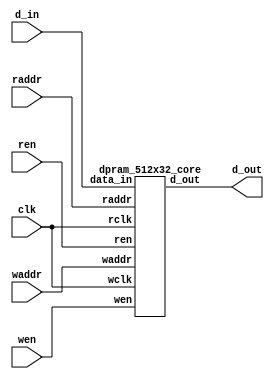
//-----------------------------------------------------
// Design Name : dual_port_ram
// Function    : Dual port RAM 32x1024 
// Coder       : Aurelien
//-----------------------------------------------------

module dpram_512x32 (
	input clk,
	input wen,
	input ren,
	input[0:8] waddr,
	input[0:8] raddr,
	input[0:31] d_in,
	output[0:31] d_out );

		dpram_512x32_core memory_0 (
			.wclk		(clk),
			.wen		(wen),
			.waddr		(waddr),
			.data_in	(d_in),
			.rclk		(clk),
			.ren		(ren),
			.raddr		(raddr),
			.d_out		(d_out) );

endmodule

module dpram_512x32_core (
	input wclk,
	input wen,
	input[0:8] waddr,
	input[0:31] data_in,
	input rclk,
	input ren,
	input[0:8] raddr,
	output[0:31] d_out );

	reg[0:31] ram[0:511];
	reg[0:31] internal;

	assign d_out = internal;

	always @(posedge wclk) begin
		if(wen) begin
			ram[waddr] <= data_in;
		end
	end

	always @(posedge rclk) begin
		if(ren) begin
			internal <= ram[raddr];
		end
	end

endmodule